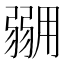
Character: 𭛇